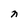
Character: n